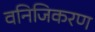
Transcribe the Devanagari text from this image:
वनिजिकरण